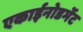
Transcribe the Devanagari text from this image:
एकाईनोडर्मेट